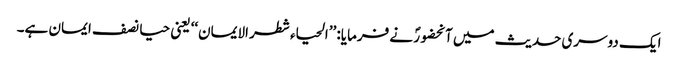
ایک دوسری حدیث میں آنحضورؐ نے فرمایا: ’’الحیاء شطر الایمان‘‘ یعنی حیا نصف ایمان ہے۔